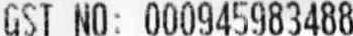
GST NO: 000945983488